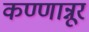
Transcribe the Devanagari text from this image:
कण्णान्नूर